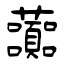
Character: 虈